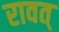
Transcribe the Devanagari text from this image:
रावत्